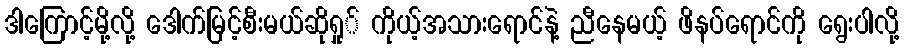
ဒါကြောင့်မို့လို့ ဒေါက်မြင့်စီးမယ်ဆိုရှု် ကိုယ့်အသားရောင်နဲ့ ညီနေမယ့် ဖိနပ်ရောင်ကို ရွေးပါလို့